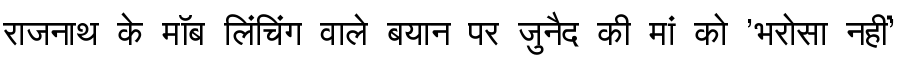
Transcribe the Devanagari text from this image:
राजनाथ के मॉब लिंचिंग वाले बयान पर जुनैद की मां को 'भरोसा नहीं'